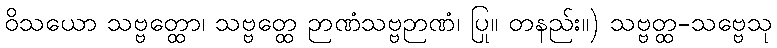
ဝိသယော သဗ္ဗတ္ထော၊ သဗ္ဗတ္ထေ ဉာဏံသဗ္ဗဉာဏံ၊ ပြု။ တနည်း။) သဗ္ဗတ္ထ-သဗ္ဗေသု